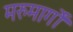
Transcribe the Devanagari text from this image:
मरुमार्गों